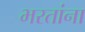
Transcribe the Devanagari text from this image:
भरतांना